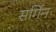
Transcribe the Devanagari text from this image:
सर्गिन